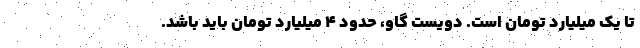
تا يك ميليارد تومان است. دويست گاو، حدود ۴ ميليارد تومان بايد باشد.